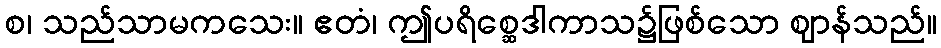
စ၊ သည်သာမကသေး။ ဧတံ၊ ဤပရိစ္ဆေဒါကာသ၌ဖြစ်သော ဈာန်သည်။